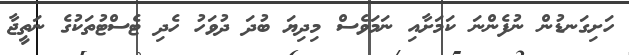
ހަށިގަނޑުން ނުފެންނަ ކަމަށާއި ނަމަވެސް މިދިޔަ ބުދަ ދުވަހު ހެދި ޓެސްޓުތަކުގެ ނަތީޖާ